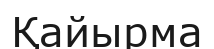
Қайырма